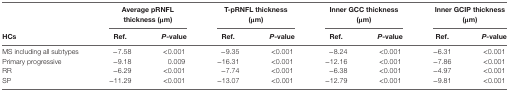
<table><thead><tr><td></td><td colspan="2"><b>Average pRNFL thickness (μm)</b></td><td colspan="2"><b>T-pRNFL thickness (μm)</b></td><td colspan="2"><b>Inner GCC thickness (μm)</b></td><td colspan="2"><b>Inner GCIP thickness (μm)</b></td></tr><tr><td><b>HCs</b></td><td><b>Ref.</b></td><td><b><i>P</i>-value</b></td><td><b>Ref.</b></td><td><b><i>P</i>-value</b></td><td><b>Ref.</b></td><td><b><i>P</i>-value</b></td><td><b>Ref.</b></td><td><b><i>P</i>-value</b></td></tr></thead><tbody><tr><td>MS including all subtypes</td><td>−7.58</td><td>&lt;0.001</td><td>−9.35</td><td>&lt;0.001</td><td>−8.24</td><td>&lt;0.001</td><td>−6.31</td><td>&lt;0.001</td></tr><tr><td>Primary progressive</td><td>−9.18</td><td>0.009</td><td>−16.31</td><td>&lt;0.001</td><td>−12.16</td><td>&lt;0.001</td><td>−7.86</td><td>&lt;0.001</td></tr><tr><td>RR</td><td>−6.29</td><td>&lt;0.001</td><td>−7.74</td><td>&lt;0.001</td><td>−6.38</td><td>&lt;0.001</td><td>−4.97</td><td>&lt;0.001</td></tr><tr><td>SP</td><td>−11.29</td><td>&lt;0.001</td><td>−13.07</td><td>&lt;0.001</td><td>−12.79</td><td>&lt;0.001</td><td>−9.81</td><td>&lt;0.001</td></tr></tbody></table>